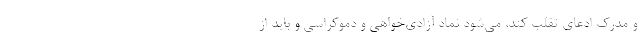
و مدرک ادعای تقلب کند، می‌شود نماد آزادی‌خواهی و دموکراسی و باید از